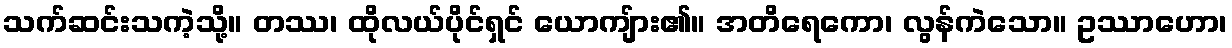
သက်ဆင်းသကဲ့သို့။ တဿ၊ ထိုလယ်ပိုင်ရှင် ယောကျ်ား၏။ အတိရေကော၊ လွန်ကဲသော။ ဥဿာဟော၊